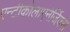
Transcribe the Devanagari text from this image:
एन्टीकोलाएनेर्जिक्स